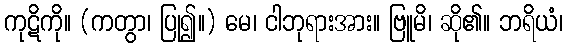
ကုဋိကို။ (ကတွာ၊ ပြု၍။) မေ၊ ငါဘုရားအား။ ဗြူမိ၊ ဆို၏။ ဘရိယံ၊